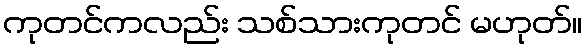
ကုတင်ကလည်း သစ်သားကုတင် မဟုတ်။